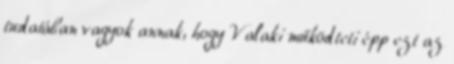
tudatában vagyok annak, hogy Valaki működteti épp ezt az